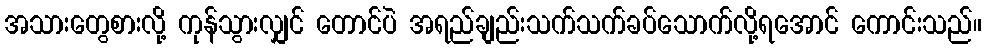
အသားတွေစားလို့ ကုန်သွားလျှင် တောင်ပဲ အရည်ချည်းသက်သက်ခပ်သောက်လို့ရအောင် ကောင်းသည်။